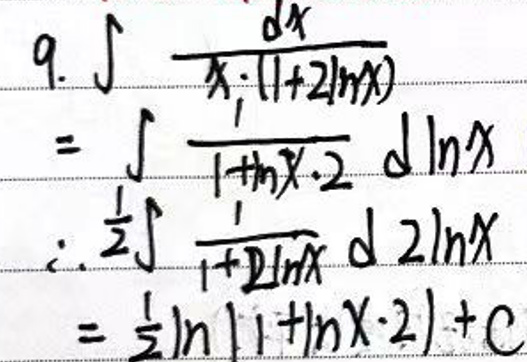
\begin{align*}
9. &\int\frac{dx}{x(1 + 2\ln x)}\\
&=\int\frac{1}{\ln x\cdot2}\,d\ln x\\
&=\frac{1}{2}\int\frac{1}{1 + 2\ln x}\,d(2\ln x)\\
&=\frac{1}{2}\ln|1 + 2\ln x|+C
\end{align*}